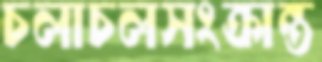
চলাচলসংক্রান্ত